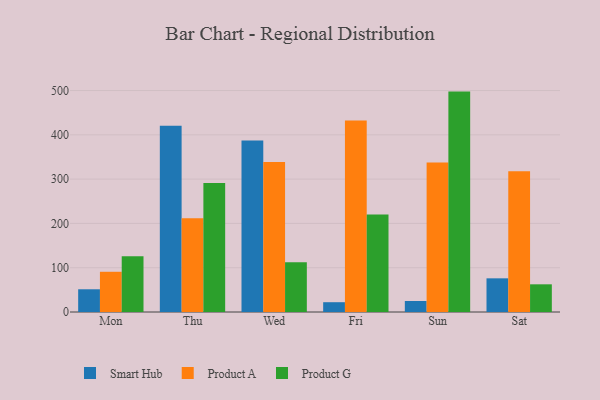
{"axis": {"x": "Day", "y": "Operating Costs (USD K)"}, "legend": ["Product A", "Product G", "Smart Hub"], "data": [{"x": "Mon", "y": 51.3, "type": "Smart Hub"}, {"x": "Mon", "y": 90.8, "type": "Product A"}, {"x": "Mon", "y": 125.7, "type": "Product G"}, {"x": "Thu", "y": 420.3, "type": "Smart Hub"}, {"x": "Thu", "y": 211.5, "type": "Product A"}, {"x": "Thu", "y": 291.5, "type": "Product G"}, {"x": "Wed", "y": 387.1, "type": "Smart Hub"}, {"x": "Wed", "y": 338.6, "type": "Product A"}, {"x": "Wed", "y": 112.4, "type": "Product G"}, {"x": "Fri", "y": 22.1, "type": "Smart Hub"}, {"x": "Fri", "y": 432.6, "type": "Product A"}, {"x": "Fri", "y": 220.4, "type": "Product G"}, {"x": "Sun", "y": 24.8, "type": "Smart Hub"}, {"x": "Sun", "y": 337.3, "type": "Product A"}, {"x": "Sun", "y": 497.6, "type": "Product G"}, {"x": "Sat", "y": 76.0, "type": "Smart Hub"}, {"x": "Sat", "y": 317.7, "type": "Product A"}, {"x": "Sat", "y": 62.5, "type": "Product G"}]}